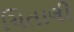
ચિતાલી